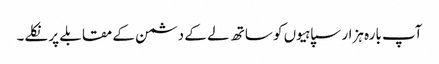
آپ بارہ ہزار سپاہیوں کو ساتھ لے کے دشمن کے مقابلے پر نکلے۔